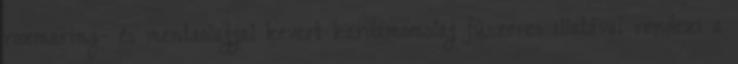
rozmaring- és mentaolajjal kevert kardamomolaj fűszeres illatával rendezi a